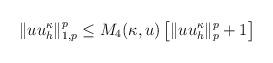
LaTeX: \begin{align*} &\|uu_h^{\kappa}\|_{1,p}^p \leq M_4(\kappa, u)\left[\|uu_h^{\kappa}\|_{p}^p +1\right] \end{align*}